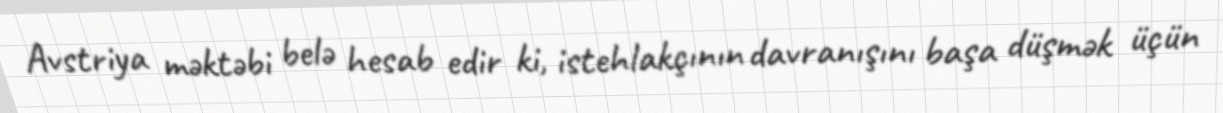
Avstriya məktəbi belə hesab edir ki, istehlakçının davranışını başa düşmək üçün